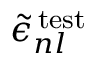
\widetilde { \epsilon } _ { n l } ^ { \mathrm { \, t e s t } }